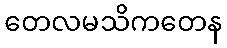
တေလမသိကတေန